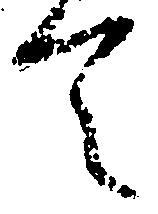
て